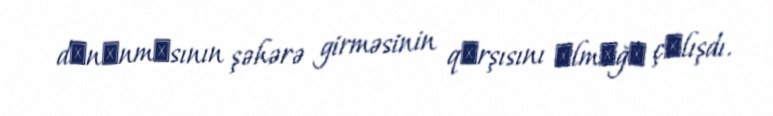
dоnаnmаsının şəhərə girməsinin qаrşısını аlmаğа çаlışdı.